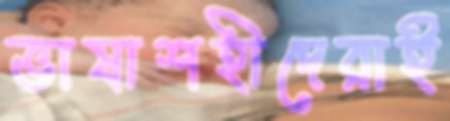
ভাষাশহীদেরাই